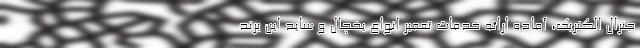
جنرال الکتریک، آماده ارائه خدمات تعمیر انواع یخچال و ساید این برند